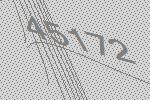
45172